Code of medical and sanitary regulations for the guidance of medical officers serving in the Madras Presidency - Volume I
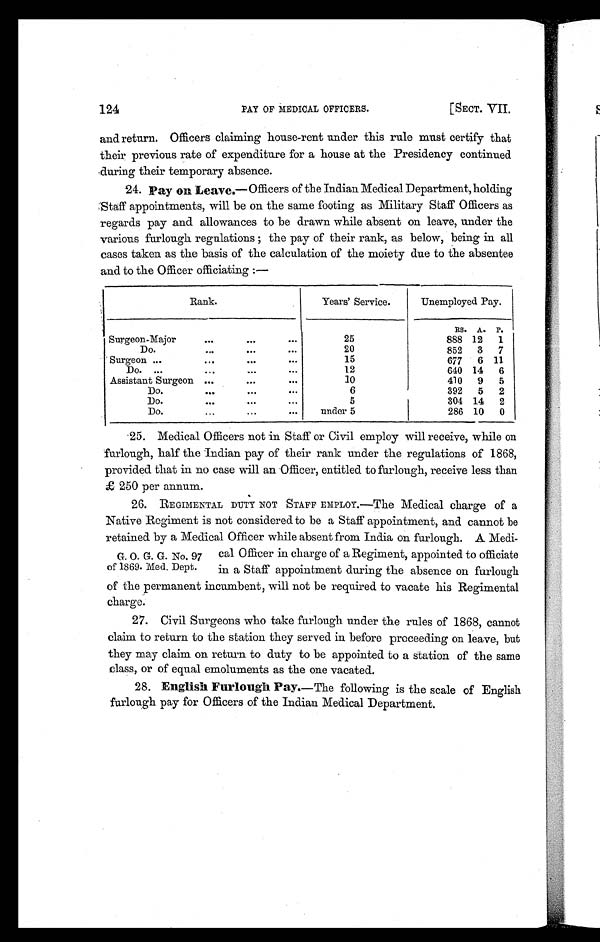
124
PAY OF MEDICAL OFFICERS.
[SECT. VII.
and return. Officers claiming house-rent under this rule must certify that
their previous rate of expenditure for a house at the Presidency continued
during their temporary absence.
24. pay on Leave. —Officers of the Indian Medical Department, holding
Staff appointments, will be on the same footing as Military Staff Officers as
regards pay and allowances to be drawn while absent on leave, under the
various furlough regulations the pay of their rank, as below, being in all
cases taken as the basis of the calculation of the moiety due to the absentee
and to the Officer officiating :—
Rank.
Years' Service.
Unemployed Pay.
RS. A. P.
Surgeon-Major
...
...
...
25
888 12 1
Do.
... ... ...
20
852 3 7
Surgeon ...
...
...
...
15
677 6 11
Do. ...
...
...
...
12
640 14 6
Assistant Surgeon ...
...
...
10
410 9 5
Do.
...
...
...
6
392 5 2
Do.
...
...
...
5
304 14 2
Do.
...
...
...
under 5
286 10 0
25. Medical Officers not in Staff or Civil employ will receive, while on
furlough, half the Indian pay of their rank under the regulations of 1868,
provided that in no case will an Officer, entitled to furlough, receive less than
250 -tier annum.
26. REGIMENTAL DUTY NOT STAFF EMPLOY. —The Medical charge of a
Native Regiment is not considered to be a Staff appointment, and cannot be
retained by a Medical Officer while absent from India on furlough. A Medi-
cal Officer in charge of a Regiment, appointed to officiate
in a Staff appointment during the absence on furlough
of the permanent incumbent, will not be required to vacate his Regimental
charge.
27. Civil Surgeons who take furlough under the rules of 1868, cannot
claim to return to the station they served in before proceeding on leave, but
they may claim on return to duty to be appointed to a station of the same
class, or of equal emoluments as the one vacated.
28. English Furlough Pay. —The following is the scale of English
furlough pay for Officers of the Indian Medical Department.
G. O. G. G. No. 97
of 1869. Med. Dept.